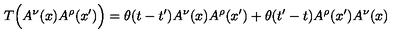
T \Bigl ( A ^ { \nu } ( x ) A ^ { \rho } ( x ^ { \prime } ) \Bigr ) = \theta ( t - t ^ { \prime } ) A ^ { \nu } ( x ) A ^ { \rho } ( x ^ { \prime } ) + \theta ( t ^ { \prime } - t ) A ^ { \rho } ( x ^ { \prime } ) A ^ { \nu } ( x )